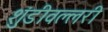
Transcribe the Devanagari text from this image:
शुंडीवल्लरी